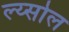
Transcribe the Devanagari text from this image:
ल्य्सोल